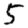
Digit: 5